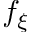
f _ { \xi }